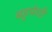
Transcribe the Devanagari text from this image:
बहुपेशी